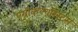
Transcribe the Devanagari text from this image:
एग्रीकल्चरिस्ट्स